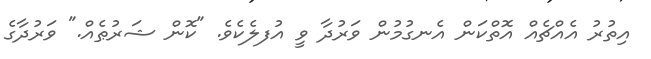
އިތުރު އެއްޗެއް އޮތްކަން އެނގުމުން ވަރުދާ ވީ އުފލެކެވެ. "ކޮން ޝަރުޠެއް." ވަރުދާގެ